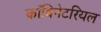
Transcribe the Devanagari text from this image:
काँबिनेटरियल